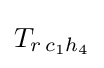
T_{r\,c_{1}h_{4}}